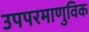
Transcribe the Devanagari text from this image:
उपपरमाणुविक